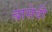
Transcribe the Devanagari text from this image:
बासेवी